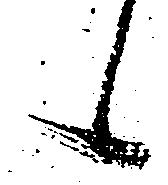
候